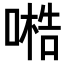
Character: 𠻧